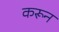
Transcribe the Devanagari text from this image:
करून